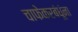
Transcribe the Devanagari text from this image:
चाफेकरबंधूंना